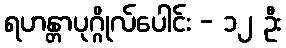
ရဟန္တာပုဂ္ဂိုလ်ပေါင်း - ၁၂ ဦး